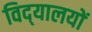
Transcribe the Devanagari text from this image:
विद्‌यालयों